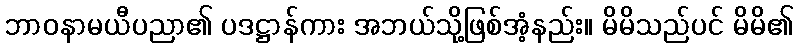
ဘာဝနာမယီပညာ၏ ပဒဋ္ဌာန်ကား အဘယ်သို့ဖြစ်အံ့နည်း။ မိမိသည်ပင် မိမိ၏